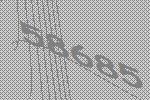
58685